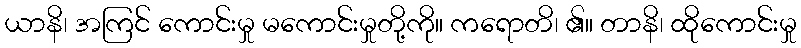
ယာနိ၊ အကြင် ကောင်းမှု မကောင်းမှုတို့ကို။ ကရောတိ၊ ၏။ တာနိ၊ ထိုကောင်းမှု